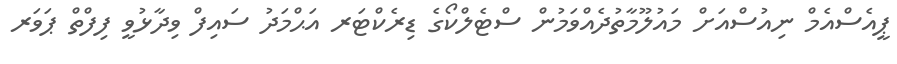
ޕީއެސްއެމް ނިއުސްއަށް މައުލޫމާތުދެއްވަމުން ސްޓެލްކޯގެ ޑިރެކްޓަރ އަޙްމަދު ސައިފް ވިދާޅުވީ ފިފްތް ޕަވަރ